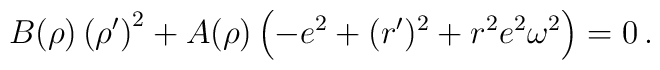
B(\rho) \left(\rho^\prime\right)^2 + A(\rho)\left(-e^2 + (r^\prime)^2 + r^2 e^2 \omega^2\right)=0\,.